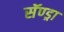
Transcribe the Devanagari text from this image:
सॅण्ड्रा